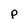
Character: p